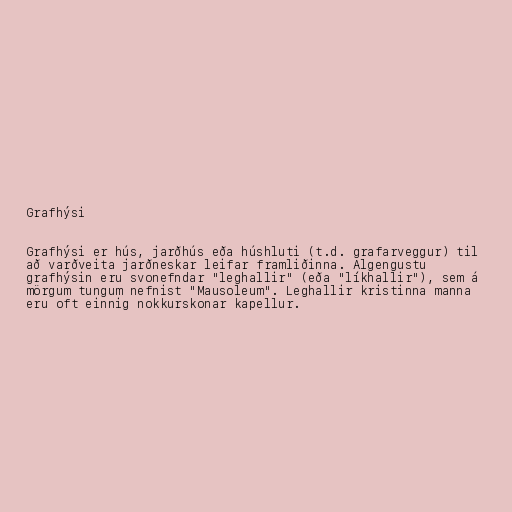
Grafhýsi

Grafhýsi er hús, jarðhús eða húshluti (t.d. grafarveggur) til
að varðveita jarðneskar leifar framliðinna. Algengustu
grafhýsin eru svonefndar "leghallir" (eða "líkhallir"), sem á
mörgum tungum nefnist "Mausoleum". Leghallir kristinna manna
eru oft einnig nokkurskonar kapellur.